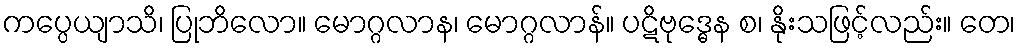
ကပ္ပေယျာသိ၊ ပြုဘိလော။ မောဂ္ဂလာန၊ မောဂ္ဂလာန်။ ပဋိဗုဒ္ဓေန စ၊ နိုးသဖြင့်လည်း။ တေ၊